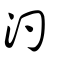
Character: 汋